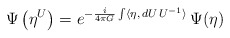
\begin{align*}\Psi\left(\eta^U\right) =e^{-\frac{i}{4\pi G} \int \langle \eta, \, dU \, U^{-1} \rangle} \,\Psi(\eta)\end{align*}